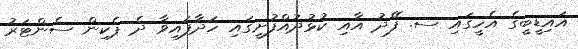
އައިޑީބީގެ އެހީގައި ސ. ފޭދު އާއި ކުޅުދުއްފުށީގައި ހަދާފައިވާ ދެ ޕެކިން ސެންޓަރު